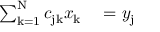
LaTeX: \begin{array} { r l } { \sum _ { \mathrm { k } = 1 } ^ { \mathrm { N } } c _ { \mathrm { j k } } x _ { \mathrm { k } } } & { { } = y _ { \mathrm { j } } } \end{array}